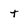
Character: t